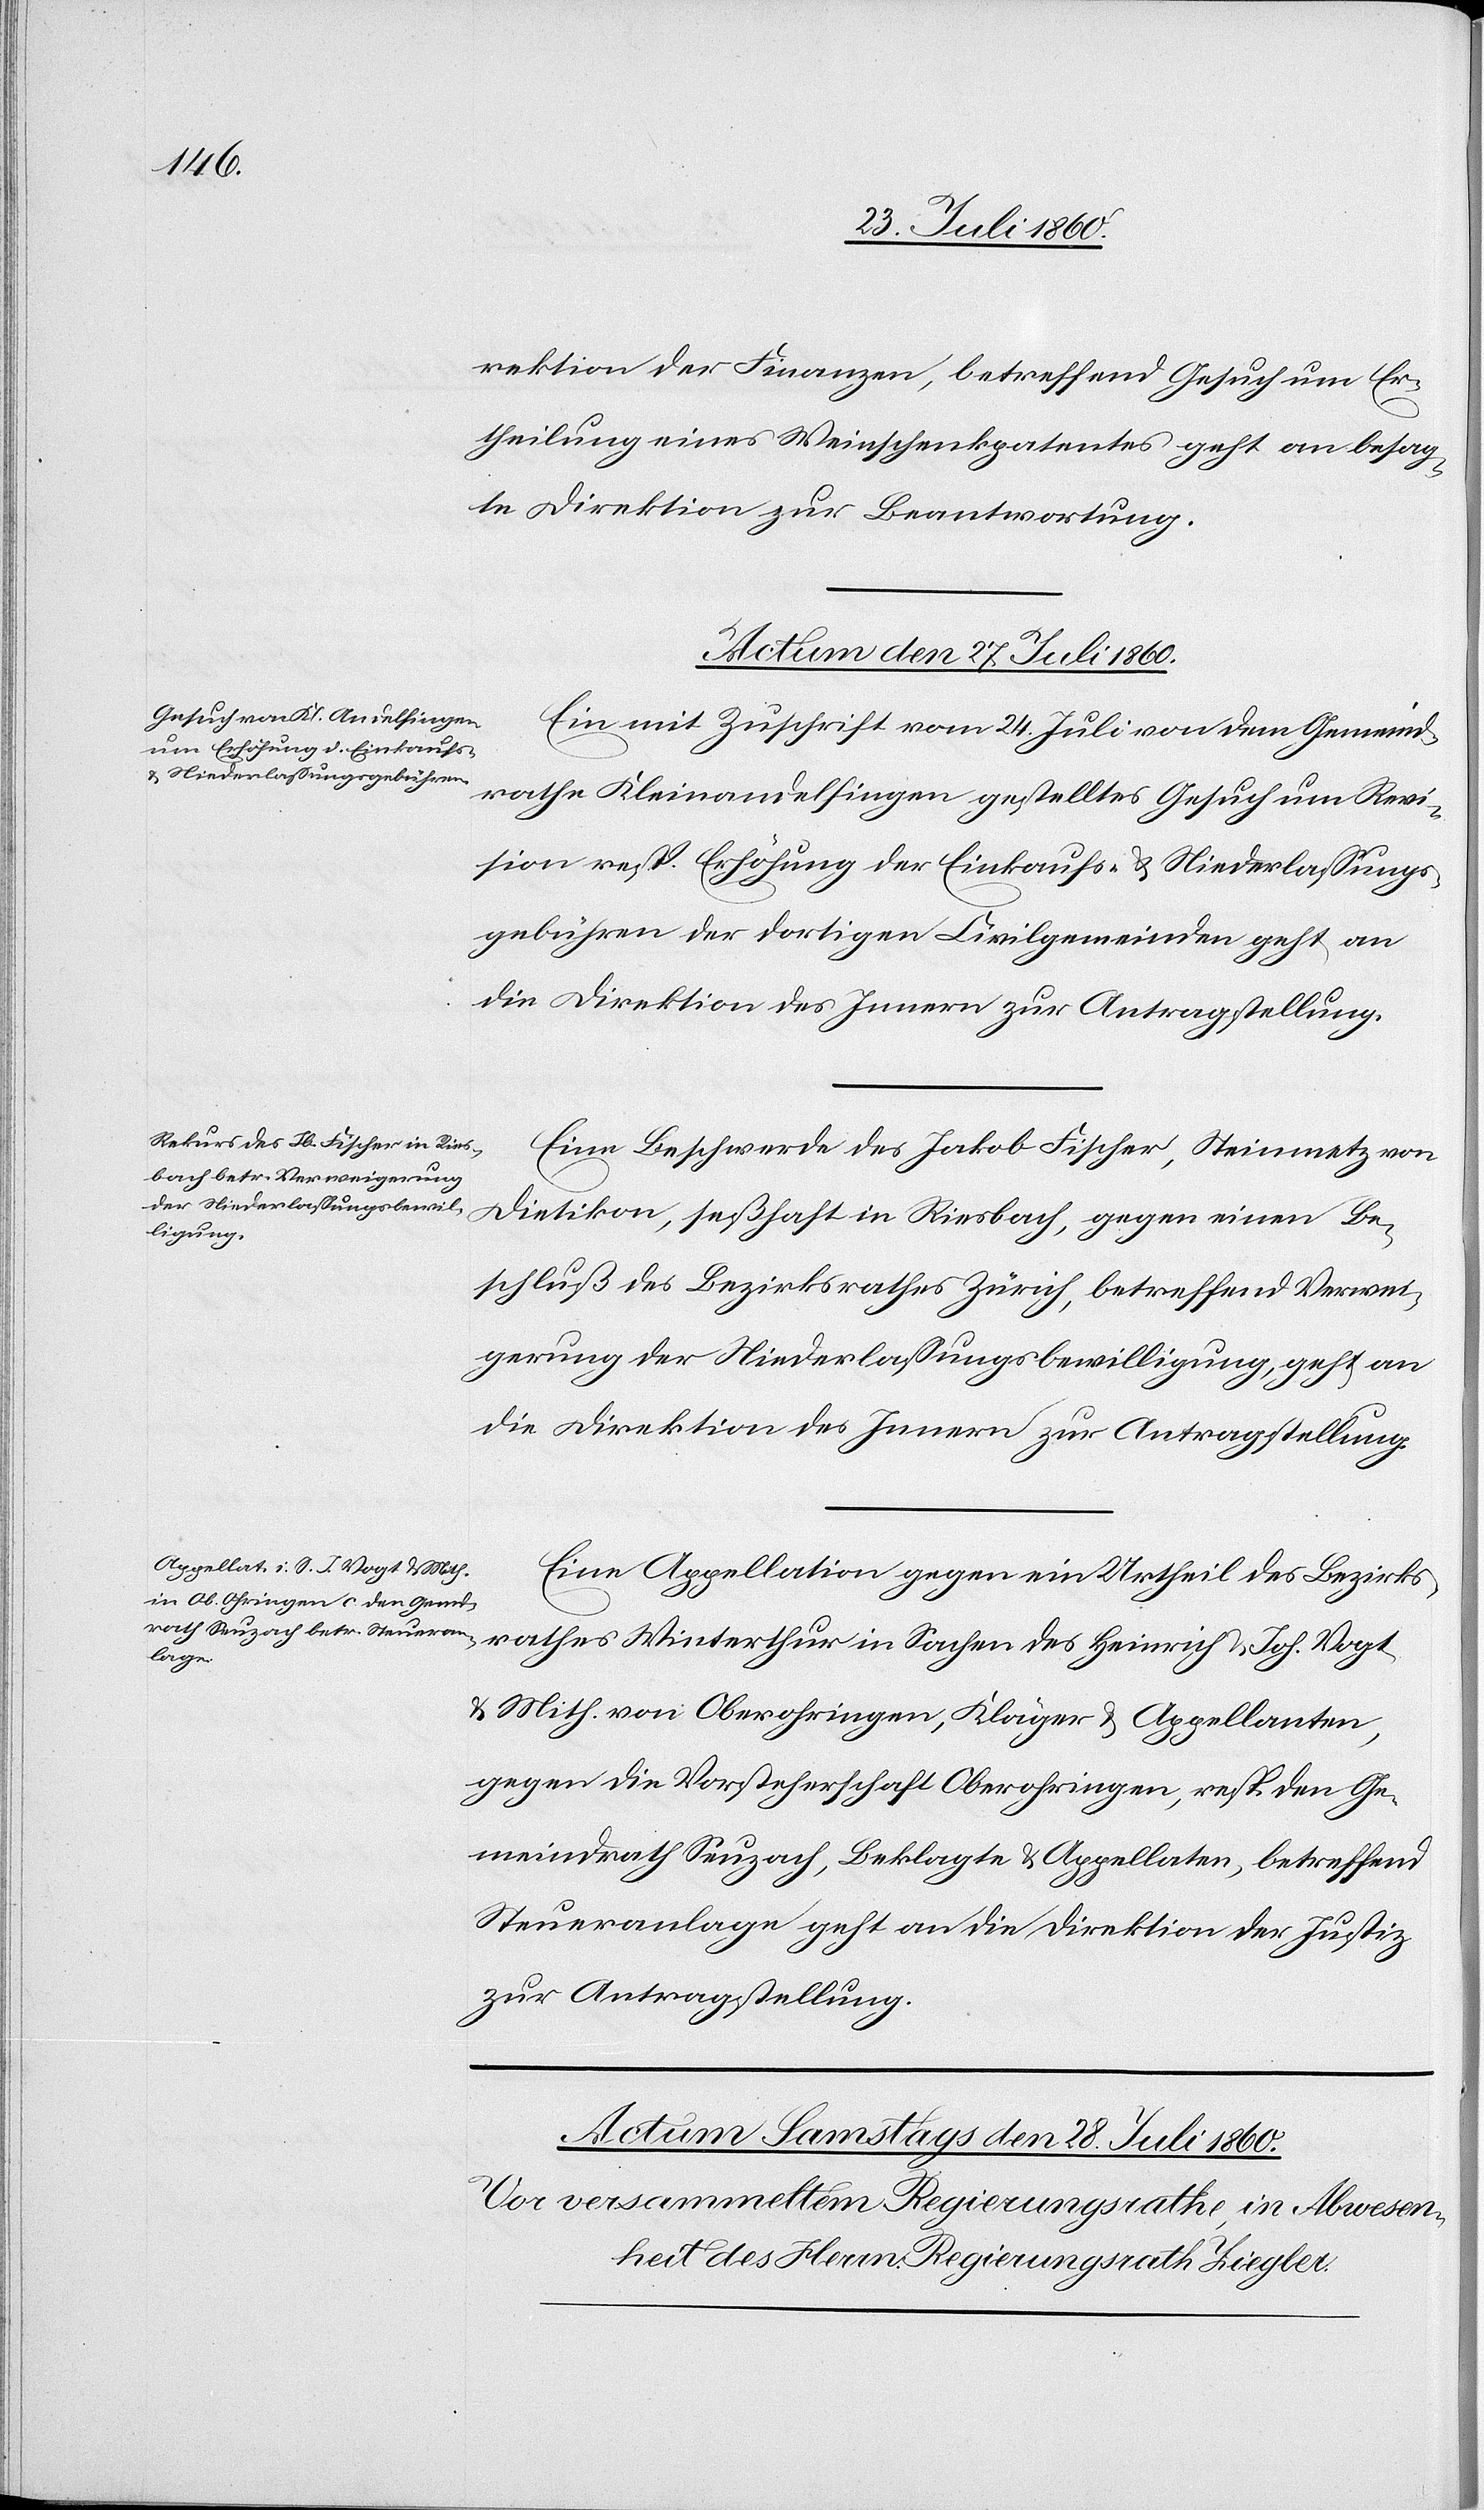
tion der Finanzen betreffend Gesuch um Er¬
theilung eines Weinschenkpatentes geht an besag¬
te Direktion zur Beantwortung.
Actum den 27. Juli 1860.]
Ein mit Zuschrift vom 24. Juli von dem Gemeind¬
rathe Klein-Andelfingen gestelltes Gesuch um Revi¬
sion, resp. Erhöhung der Einkaufs- u. Niederlassungs¬
gebühren der dortigen Civilgemeinden geht an
die Direktion des Innern zur Antragstellung.
Eine Beschwerde des Jakob Fischer, Steinmetz von
Dietikon, seßhaft in Riesbach, gegen einen Be¬
schluß des Bezirksrathes Zürich betreffend Verwei¬
gerung der Niederlassungsbewilligung, geht an
Eine Appellation gegen ein Urtheil des Bezirks¬
rathes Winterthur in Sachen des Heinrich u. Johs. Vogt
u. Mithafte von Oberohringen, Kläger und Appellanten,
gegen die Vorsteherschaft O/Ohringen resp. der Ge¬
meindrath Seuzach, Beklagte und Appellaten, betreffend
Steueranlage, geht an die Direktion der Justiz
zur Antragstellung.